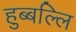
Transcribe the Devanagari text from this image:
हुब्बल्लि